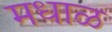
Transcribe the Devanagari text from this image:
मधाळ